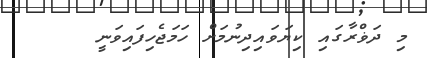
މި ދަޥްރާގައި ކިޔަވައިދިނުމަށް ހަމަޖެހިފައިވަނީ